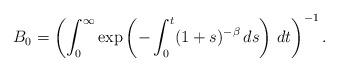
LaTeX: \begin{align*}B_0 =\left( \int_0^{\infty} \exp \left( -\int_0^t (1+s)^{-\beta}\,ds \right)\,dt \right)^{-1}.\end{align*}